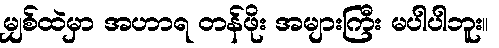
မျှစ်ထဲမှာ အဟာရ တန်ဖိုး အများကြီး မပါပါဘူး။